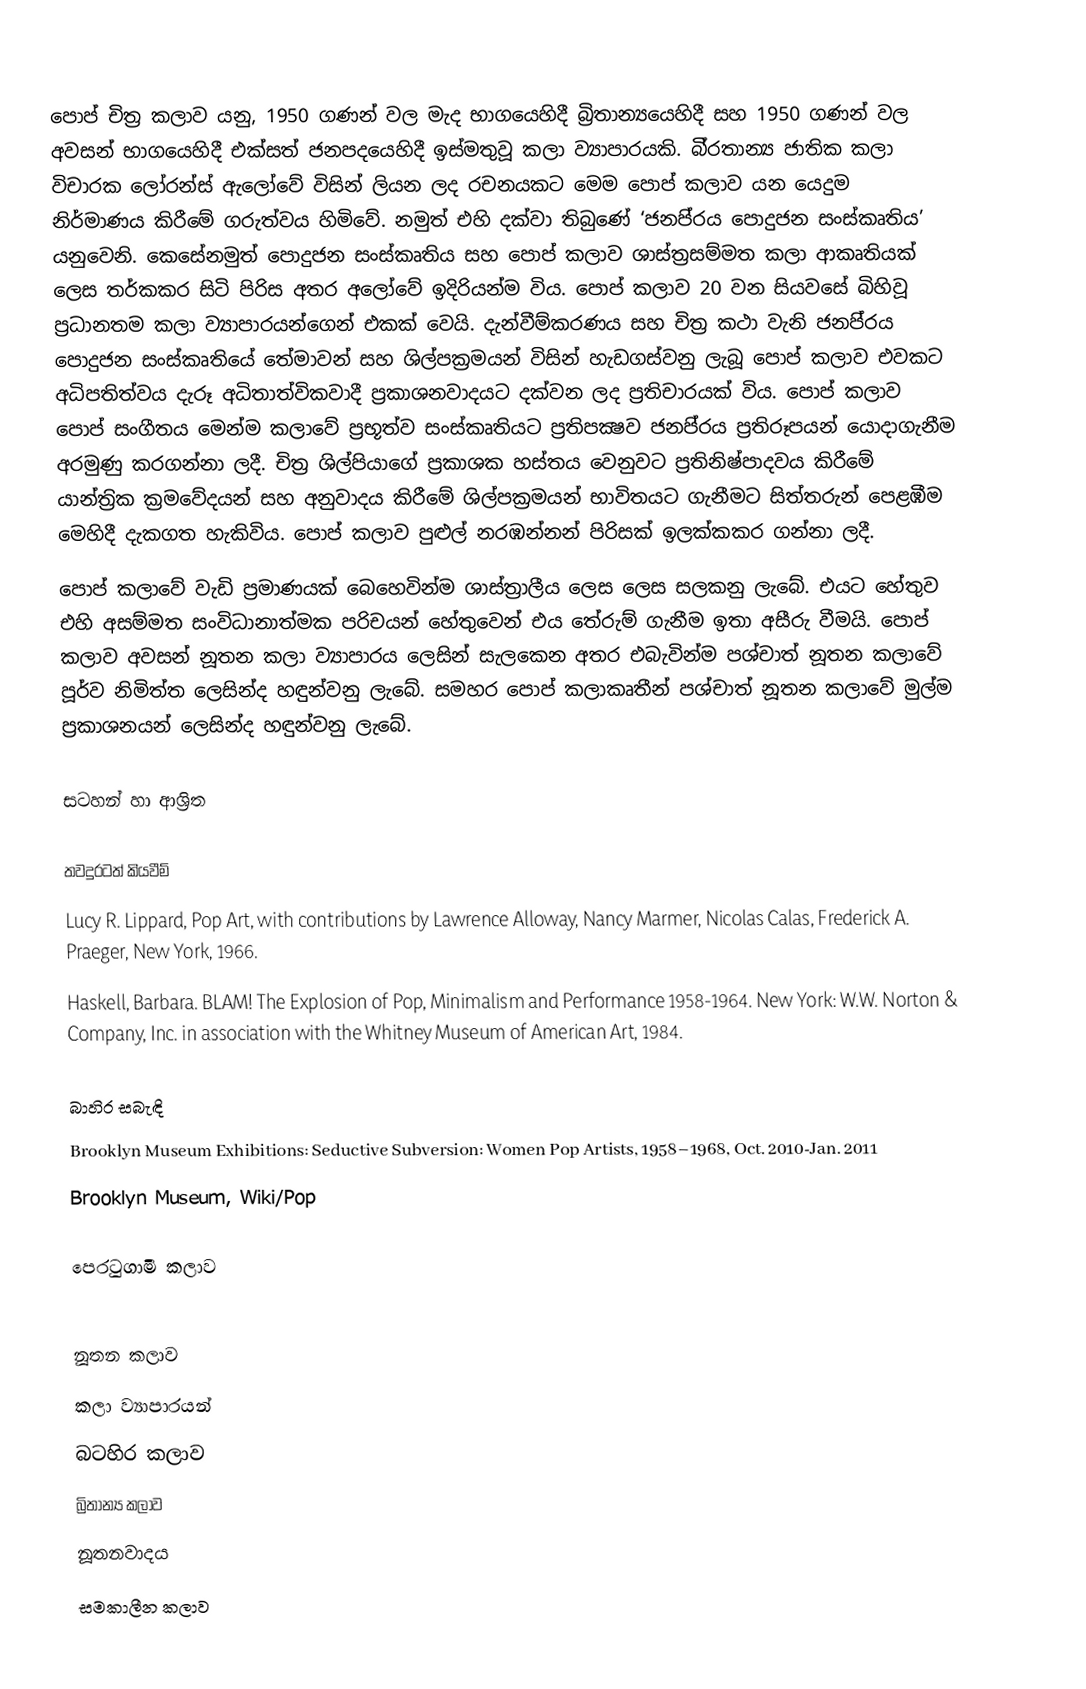
පොප් චිත්‍ර කලාව යනු, 1950 ගණන් වල මැද භාගයෙහිදී බ්‍රිතාන්‍යයෙහිදී සහ 1950 ගණන් වල අවසන් භාගයෙහිදී  එක්සත් ජනපදයෙහිදී ඉස්මතුවූ කලා ව්‍යාපාරයකි. බි‍්‍රතාන්‍ය ජාතික කලා විචාරක ලෝරන්ස් ඇලෝවේ විසින් ලියන ලද රචනයකට මෙම පොප් කලාව යන යෙදුම නිර්මාණය කිරීමේ ගරුත්වය හිමිවේ. නමුත් එහි දක්වා තිබුණේ ‘ජනපි‍්‍රය පොදුජන සංස්කෘතිය’ යනුවෙනි. කෙසේනමුත් පොදුජන සංස්කෘතිය සහ පොප් කලාව ශාස්ත‍්‍රසම්මත කලා ආකෘතියක් ලෙස තර්කකර සිටි පිරිස අතර අලෝවේ ඉදිරියන්ම විය. පොප් කලාව 20 වන සියවසේ බිහිවූ ප‍්‍රධානතම කලා ව්‍යාපාරයන්ගෙන් එකක් වෙයි. දැන්වීම්කරණය සහ චිත‍්‍ර කථා වැනි ජනපි‍්‍රය පොදුජන සංස්කෘතියේ තේමාවන් සහ ශිල්පක‍්‍රමයන් විසින් හැඩගස්වනු ලැබූ පොප් කලාව එවකට අධිපතිත්වය දැරූ අධිතාත්විකවාදී ප‍්‍රකාශනවාදයට දක්වන ලද ප‍්‍රතිචාරයක් විය. පොප් කලාව පොප් සංගීතය මෙන්ම කලාවේ ප‍්‍රභූත්ව සංස්කෘතියට ප‍්‍රතිපක්‍ෂව ජනපි‍්‍රය ප‍්‍රතිරූපයන් යොදාගැනීම අරමුණු කරගන්නා ලදී. චිත‍්‍ර ශිල්පියාගේ ප‍්‍රකාශක හස්තය වෙනුවට ප‍්‍රතිනිෂ්පාදවය කිරීමේ යාන්ත‍්‍රික ක‍්‍රමවේදයන් සහ අනුවාදය කිරීමේ ශිල්පක‍්‍රමයන් භාවිතයට ගැනීමට සිත්තරුන් පෙළඹීම මෙහිදී දැකගත හැකිවිය. පොප් කලාව පුළුල් නරඹන්නන් පිරිසක් ඉලක්කකර ගන්නා ලදී.
පොප් කලාවේ වැඩි ප‍්‍රමාණයක් බෙහෙවින්ම ශාස්ත‍්‍රාලීය ලෙස ලෙස සලකනු ලැබේ. එයට හේතුව එහි අසම්මත සංවිධානාත්මක පරිචයන් හේතුවෙන් එය තේරුම් ගැනීම ඉතා අසීරු වීමයි. පොප් කලාව අවසන් නූතන කලා ව්‍යාපාරය ලෙසින් සැලකෙන අතර එබැවින්ම පශ්චාත් නූතන කලාවේ පූර්ව නිමිත්ත ලෙසින්ද හඳුන්වනු ලැබේ. සමහර පොප් කලාකෘතීන් පශ්චාත් නූතන කලාවේ මුල්ම ප‍්‍රකාශනයන් ලෙසින්ද හඳුන්වනු ලැබේ.

සටහන් හා ආශ්‍රිත

තවදුරටත් කියවීම්
 Lucy R. Lippard, Pop Art, with contributions by Lawrence Alloway, Nancy Marmer, Nicolas Calas, Frederick A. Praeger, New York, 1966.
Haskell, Barbara. BLAM! The Explosion of Pop, Minimalism and Performance 1958-1964. New York: W.W. Norton & Company, Inc. in association with the Whitney Museum of American Art, 1984.

බාහිර සබැඳි
Brooklyn Museum Exhibitions: Seductive Subversion: Women Pop Artists, 1958–1968, Oct. 2010-Jan. 2011
Brooklyn Museum, Wiki/Pop

පෙරටුගාමී කලාව

නූතන කලාව
කලා ව්‍යාපාරයන්
බටහිර කලාව
බ්‍රිතාන්‍ය කලාව
නූතනවාදය
සමකාලීන කලාව